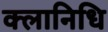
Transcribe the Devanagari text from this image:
क्लानिधि